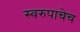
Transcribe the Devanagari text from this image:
स्वरुपाचेच